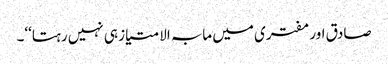
صادق اور مفتری میں مابہ الامتیاز ہی نہیں رہتا‘‘۔